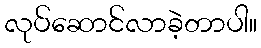
လုပ်ဆောင်လာခဲ့တာပါ။